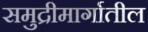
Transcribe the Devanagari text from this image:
समुद्रीमार्गातील